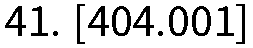
41. [404.001]